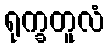
ရုက္ခတူလံ